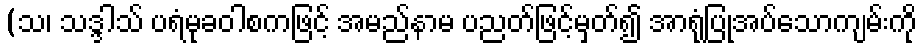
(သ၊ သဒ္ဒါသ် ပရံမုခဝါစကဖြင့် အမည်နာမ ပညတ်ဖြင့်မှတ်၍ အာရုံပြုအပ်သောကျမ်းကို